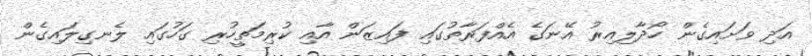
އަދި ވަށައިގެން ހޯދާލިއިރު އޭނަގެ އެއްފަރާތުގައި ފައިޒަން އާއި ކުރިމަތީހުރި ގަހުގައި ލެނގިލައިގެން